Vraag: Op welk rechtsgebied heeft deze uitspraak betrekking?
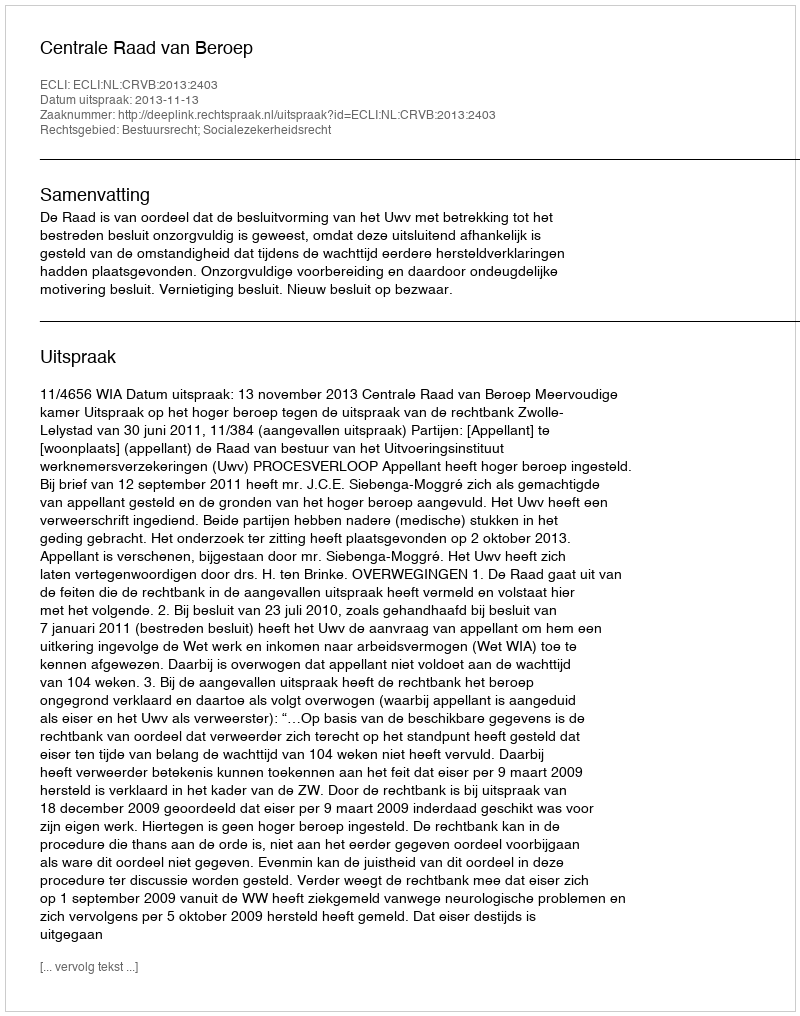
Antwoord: Bestuursrecht; Socialezekerheidsrecht